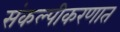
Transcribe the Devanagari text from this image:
संकल्पीकरणात